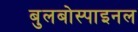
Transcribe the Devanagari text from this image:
बुलबोस्पाइनल